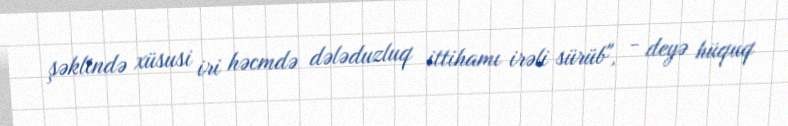
şəklində xüsusi iri həcmdə dələduzluq ittihamı irəli sürüb", - deyə hüquq